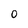
Character: 0